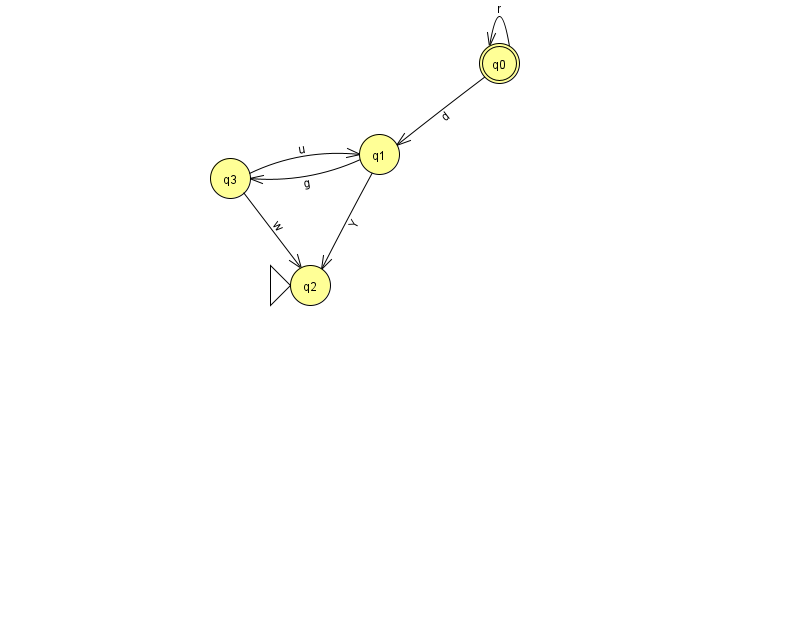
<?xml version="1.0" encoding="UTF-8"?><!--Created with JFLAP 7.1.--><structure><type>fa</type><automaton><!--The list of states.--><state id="0" name="q0"><x>499.0</x><y>50.0</y><final/></state><state id="1" name="q1"><x>379.0</x><y>141.0</y></state><state id="2" name="q2"><x>310.0</x><y>272.0</y><initial/></state><state id="3" name="q3"><x>230.0</x><y>165.0</y></state><!--The list of transitions.--><transition><from>0</from><to>0</to><read>r</read></transition><transition><from>0</from><to>1</to><read>d</read></transition><transition><from>3</from><to>2</to><read>w</read></transition><transition><from>1</from><to>2</to><read>Y</read></transition><transition><from>3</from><to>1</to><read>u</read></transition><transition><from>1</from><to>3</to><read>g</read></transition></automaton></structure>